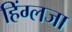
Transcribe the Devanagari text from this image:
हिंग्लजा